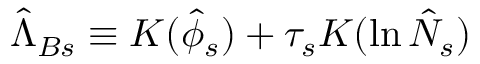
\hat { \Lambda } _ { B s } \equiv { \cal { K } } ( \hat { \phi } _ { s } ) + \tau _ { s } { \cal { K } } ( \ln \hat { N } _ { s } )